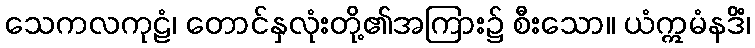
သေကလကုဠံ၊ တောင်နှလုံးတို့၏အကြား၌ စီးသော။ ယံဣမံနဒိံ၊